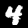
Digit: 4